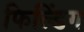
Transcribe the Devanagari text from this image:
फिल्डिंग